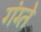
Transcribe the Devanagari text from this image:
गंग्ते